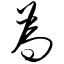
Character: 为